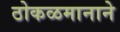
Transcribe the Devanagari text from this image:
ठोकळमानाने